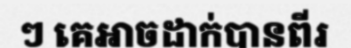
ៗ គេអាចដាក់បានពីរ